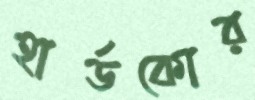
হার্ডকোর